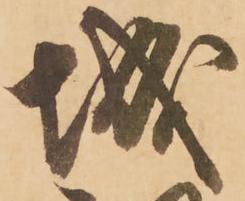
城